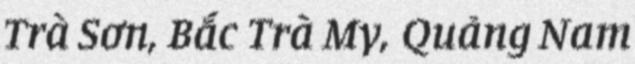
Trà Sơn, Bắc Trà My, Quảng Nam